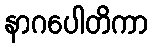
နာဂပေါတိကာ